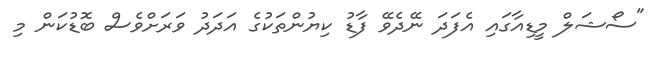
"ސޯޝަލް މީޑިއާގައި އެފަދަ ނޭދެވޭ ފާޑު ކިޔުންތަކުގެ އަދަދު ވަރަށްވެސް ބޮޑުކަން މި